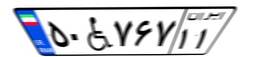
۵۰W۷۶۷۱۱